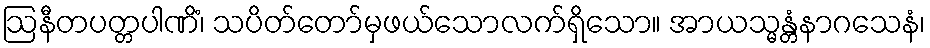
ဩနီတပတ္တပါဏိံ၊ သပိတ်တော်မှဖယ်သောလက်ရှိသော။ အာယသ္မန္တံနာဂသေနံ၊